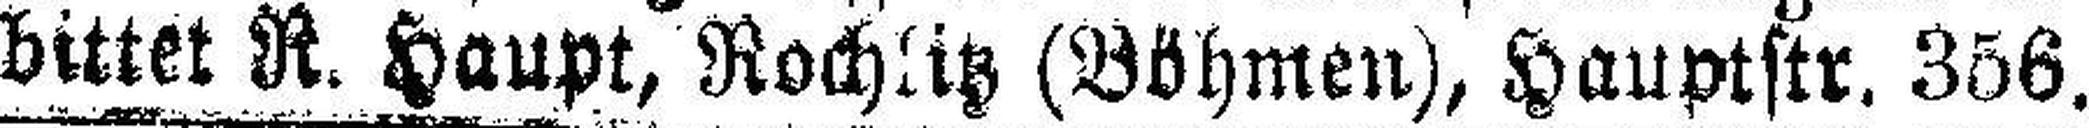
bittet R. Haupt, Rochlitz (Böhmen), Hauptstr. 356.